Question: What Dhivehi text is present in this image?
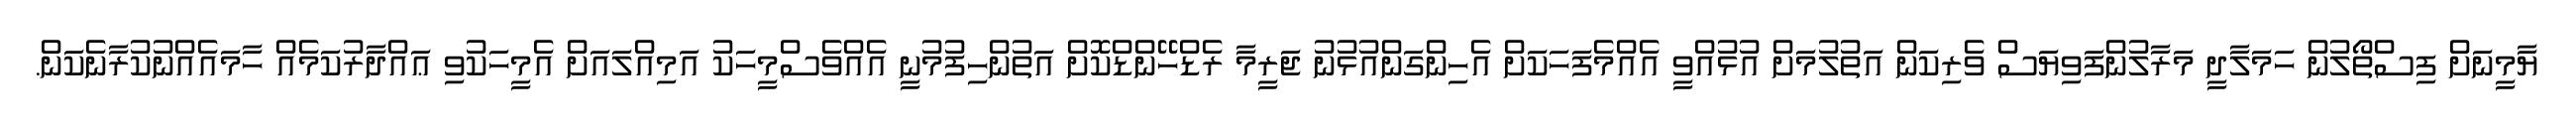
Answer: ޔާމީނަށް ފިސްތޯލުން ހަމަލާދީ މަރާލުންފަވިޔަސް ވެރިކަން އަތުލުމަށް އުޅުއްވީ އެއްމެފަހަކަށް އެހިންގަންއުޅުނު ޖަރީމާ ރެޑްހޭންޑްކޮށް އަތުންހިފުމުނީ އެއްވެސްމީހަކު އަމިއްލައަށް އެމީހަކުވި ޢައްދާރުކަމެއް ހާމައެއްނުކުރާނެކަން.